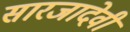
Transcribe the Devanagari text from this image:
सारजादेवी